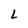
Character: L